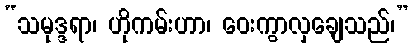
“သမုဒ္ဒရာ၊ ဟိုကမ်းဟာ၊ ဝေးကွာလှချေသည်၊”